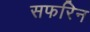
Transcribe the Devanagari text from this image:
सफरिन